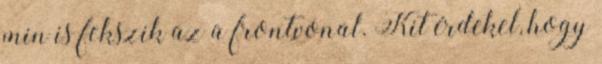
min is fekszik az a frontvonal. Kit érdekel, hogy